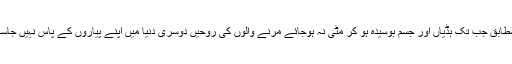
ان کے مطابق جب تک ہڈیاں اور جسم بوسیدہ ہو کر مٹی نہ ہوجائے مرنے والوں کی روحیں دوسری دنیا میں اپنے پیاروں کے پاس نہیں جاسکتی ہیں۔